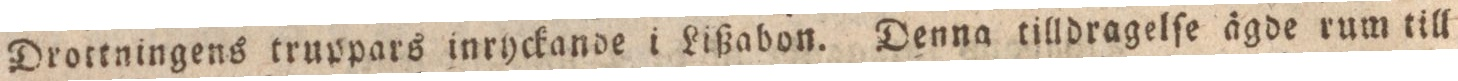
Drottningens truppars inryckande i Lißabon. Denna tilldragelſe ägde rum till